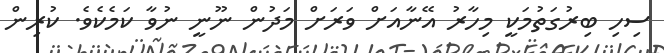
ސިހި ބިރުގަތުމަކީ މިހާރު އޭނާއަށް ވަރަށް މަދުން ނޫނީ ނުވާ ކަމެކެވެ. ކުރިން